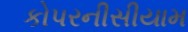
કોપરનીસીયામ